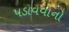
પડાવવાનો